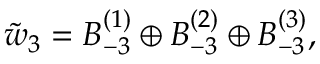
\tilde { w } _ { 3 } = B _ { - 3 } ^ { ( 1 ) } \oplus B _ { - 3 } ^ { ( 2 ) } \oplus B _ { - 3 } ^ { ( 3 ) } ,